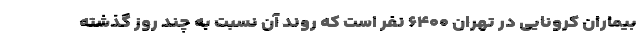
بیماران کرونایی در تهران ۶۴۰۰ نفر است که روند آن نسبت به چند روز گذشته